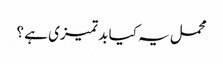
محمل یہ کیا بد تمیزی ہے ؟